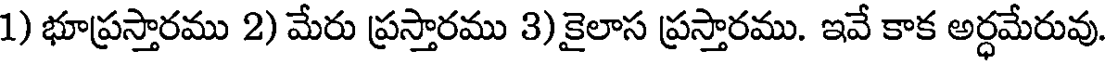
1) భూప్రస్తారము 2) మేరు ప్రస్తారము 3) కైలాస ప్రస్తారము. ఇవే కాక అర్ధమేరువు.